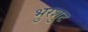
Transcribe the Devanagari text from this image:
भुरशुट